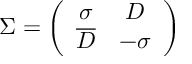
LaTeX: \Sigma = \left( \begin{array} { c c } { { \sigma } } & { { D } } \\ { { \overline { { D } } } } & { { - \sigma } } \end{array} \right)